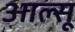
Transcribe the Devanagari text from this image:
आल्सू